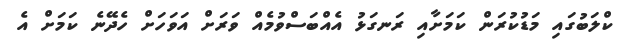
ކްލަބުގައި މަޑުކުރަން ކަމަށާއި ރަނގަޅު އެއްބަސްވުމެއް ވަރަށް އަވަހަށް ހެދޭނެ ކަމަށް އެ